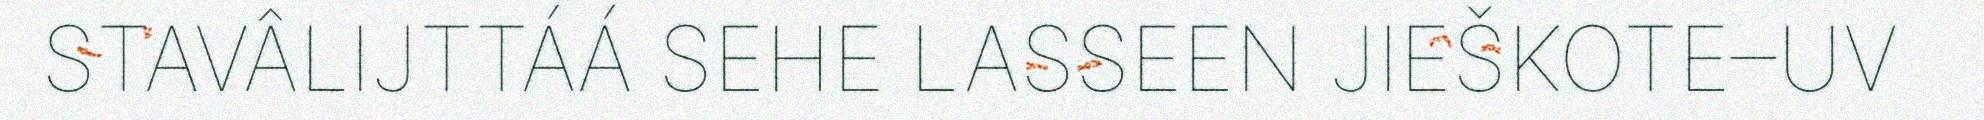
STAVÂLIJTTÁÁ SEHE LASSEEN JIEŠKOTE–UV